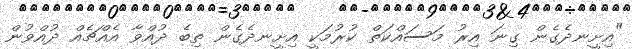
"އިށީނދެގެން ގިނަ އިރު މަސައްކަތް ކުރުމަކީ އިށީނދެގެން ތިބެ ދުއްވާ އެއްޗެއް ދުއްވުން